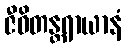
ဇီဝိတန္တရာယာနံ